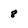
Character: 8